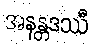
အနန္တဒဿီ